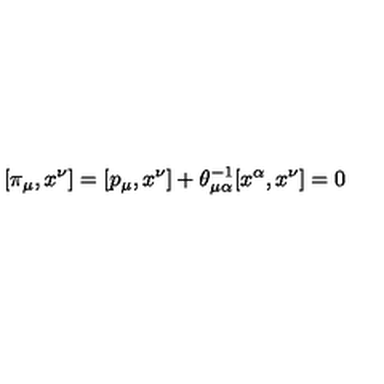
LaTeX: [ \pi _ { \mu } , x ^ { \nu } ] = [ p _ { \mu } , x ^ { \nu } ] + \theta _ { \mu \alpha } ^ { - 1 } [ x ^ { \alpha } , x ^ { \nu } ] = 0